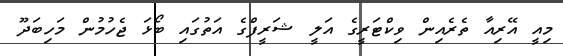
މިއީ އޭރިއާ ތެރެއިން ވިކްޓަރީގެ އަލީ ޝަރީފްގެ އަތުގައި ބޯޅަ ޖެހުމުން މަހިބަދޫ